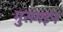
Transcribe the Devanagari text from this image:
मुसमइन